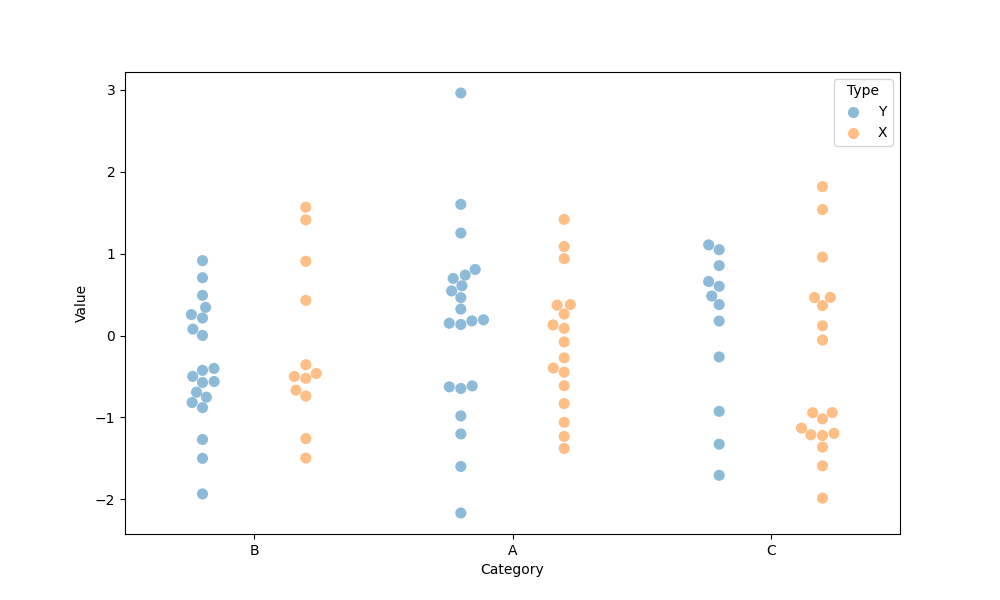
python, seaborn, swarmplot, dodge=True, alpha=0.5, size=8